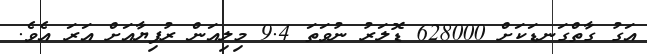
އަގު ގާތްގަނޑަކަށް 628000 ޑޮލަރު ނުވަތަ 9.4 މިލިއަން ރުފިޔާއަށް އަރަ އެވެ.